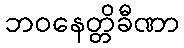
ဘဝနေတ္တိခီဏာ